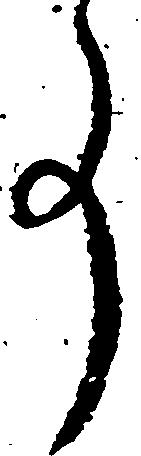
事